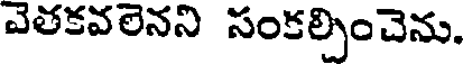
వెతకవలెనని సంకల్పించెను.